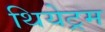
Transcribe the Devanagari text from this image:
थियेट्रम